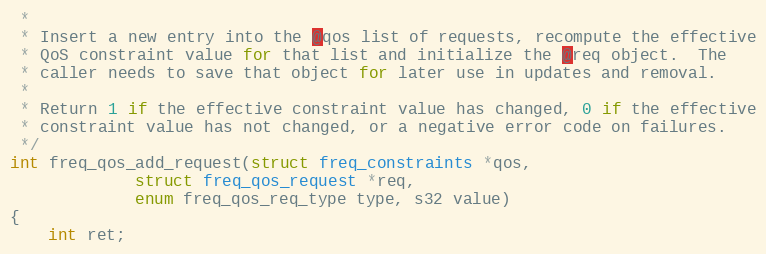
Language: C
 *
 * Insert a new entry into the @qos list of requests, recompute the effective
 * QoS constraint value for that list and initialize the @req object.  The
 * caller needs to save that object for later use in updates and removal.
 *
 * Return 1 if the effective constraint value has changed, 0 if the effective
 * constraint value has not changed, or a negative error code on failures.
 */
int freq_qos_add_request(struct freq_constraints *qos,
			 struct freq_qos_request *req,
			 enum freq_qos_req_type type, s32 value)
{
	int ret;